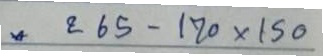
* 265 - 170 x 150